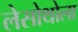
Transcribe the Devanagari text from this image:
लेसोथोला